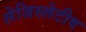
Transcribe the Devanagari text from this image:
लेजिस्लेटीव